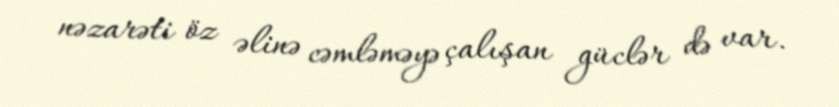
nəzarəti öz əlinə cəmləməyə çalışan güclər də var.